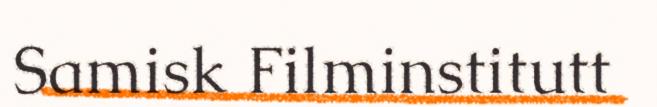
Samisk Filminstitutt